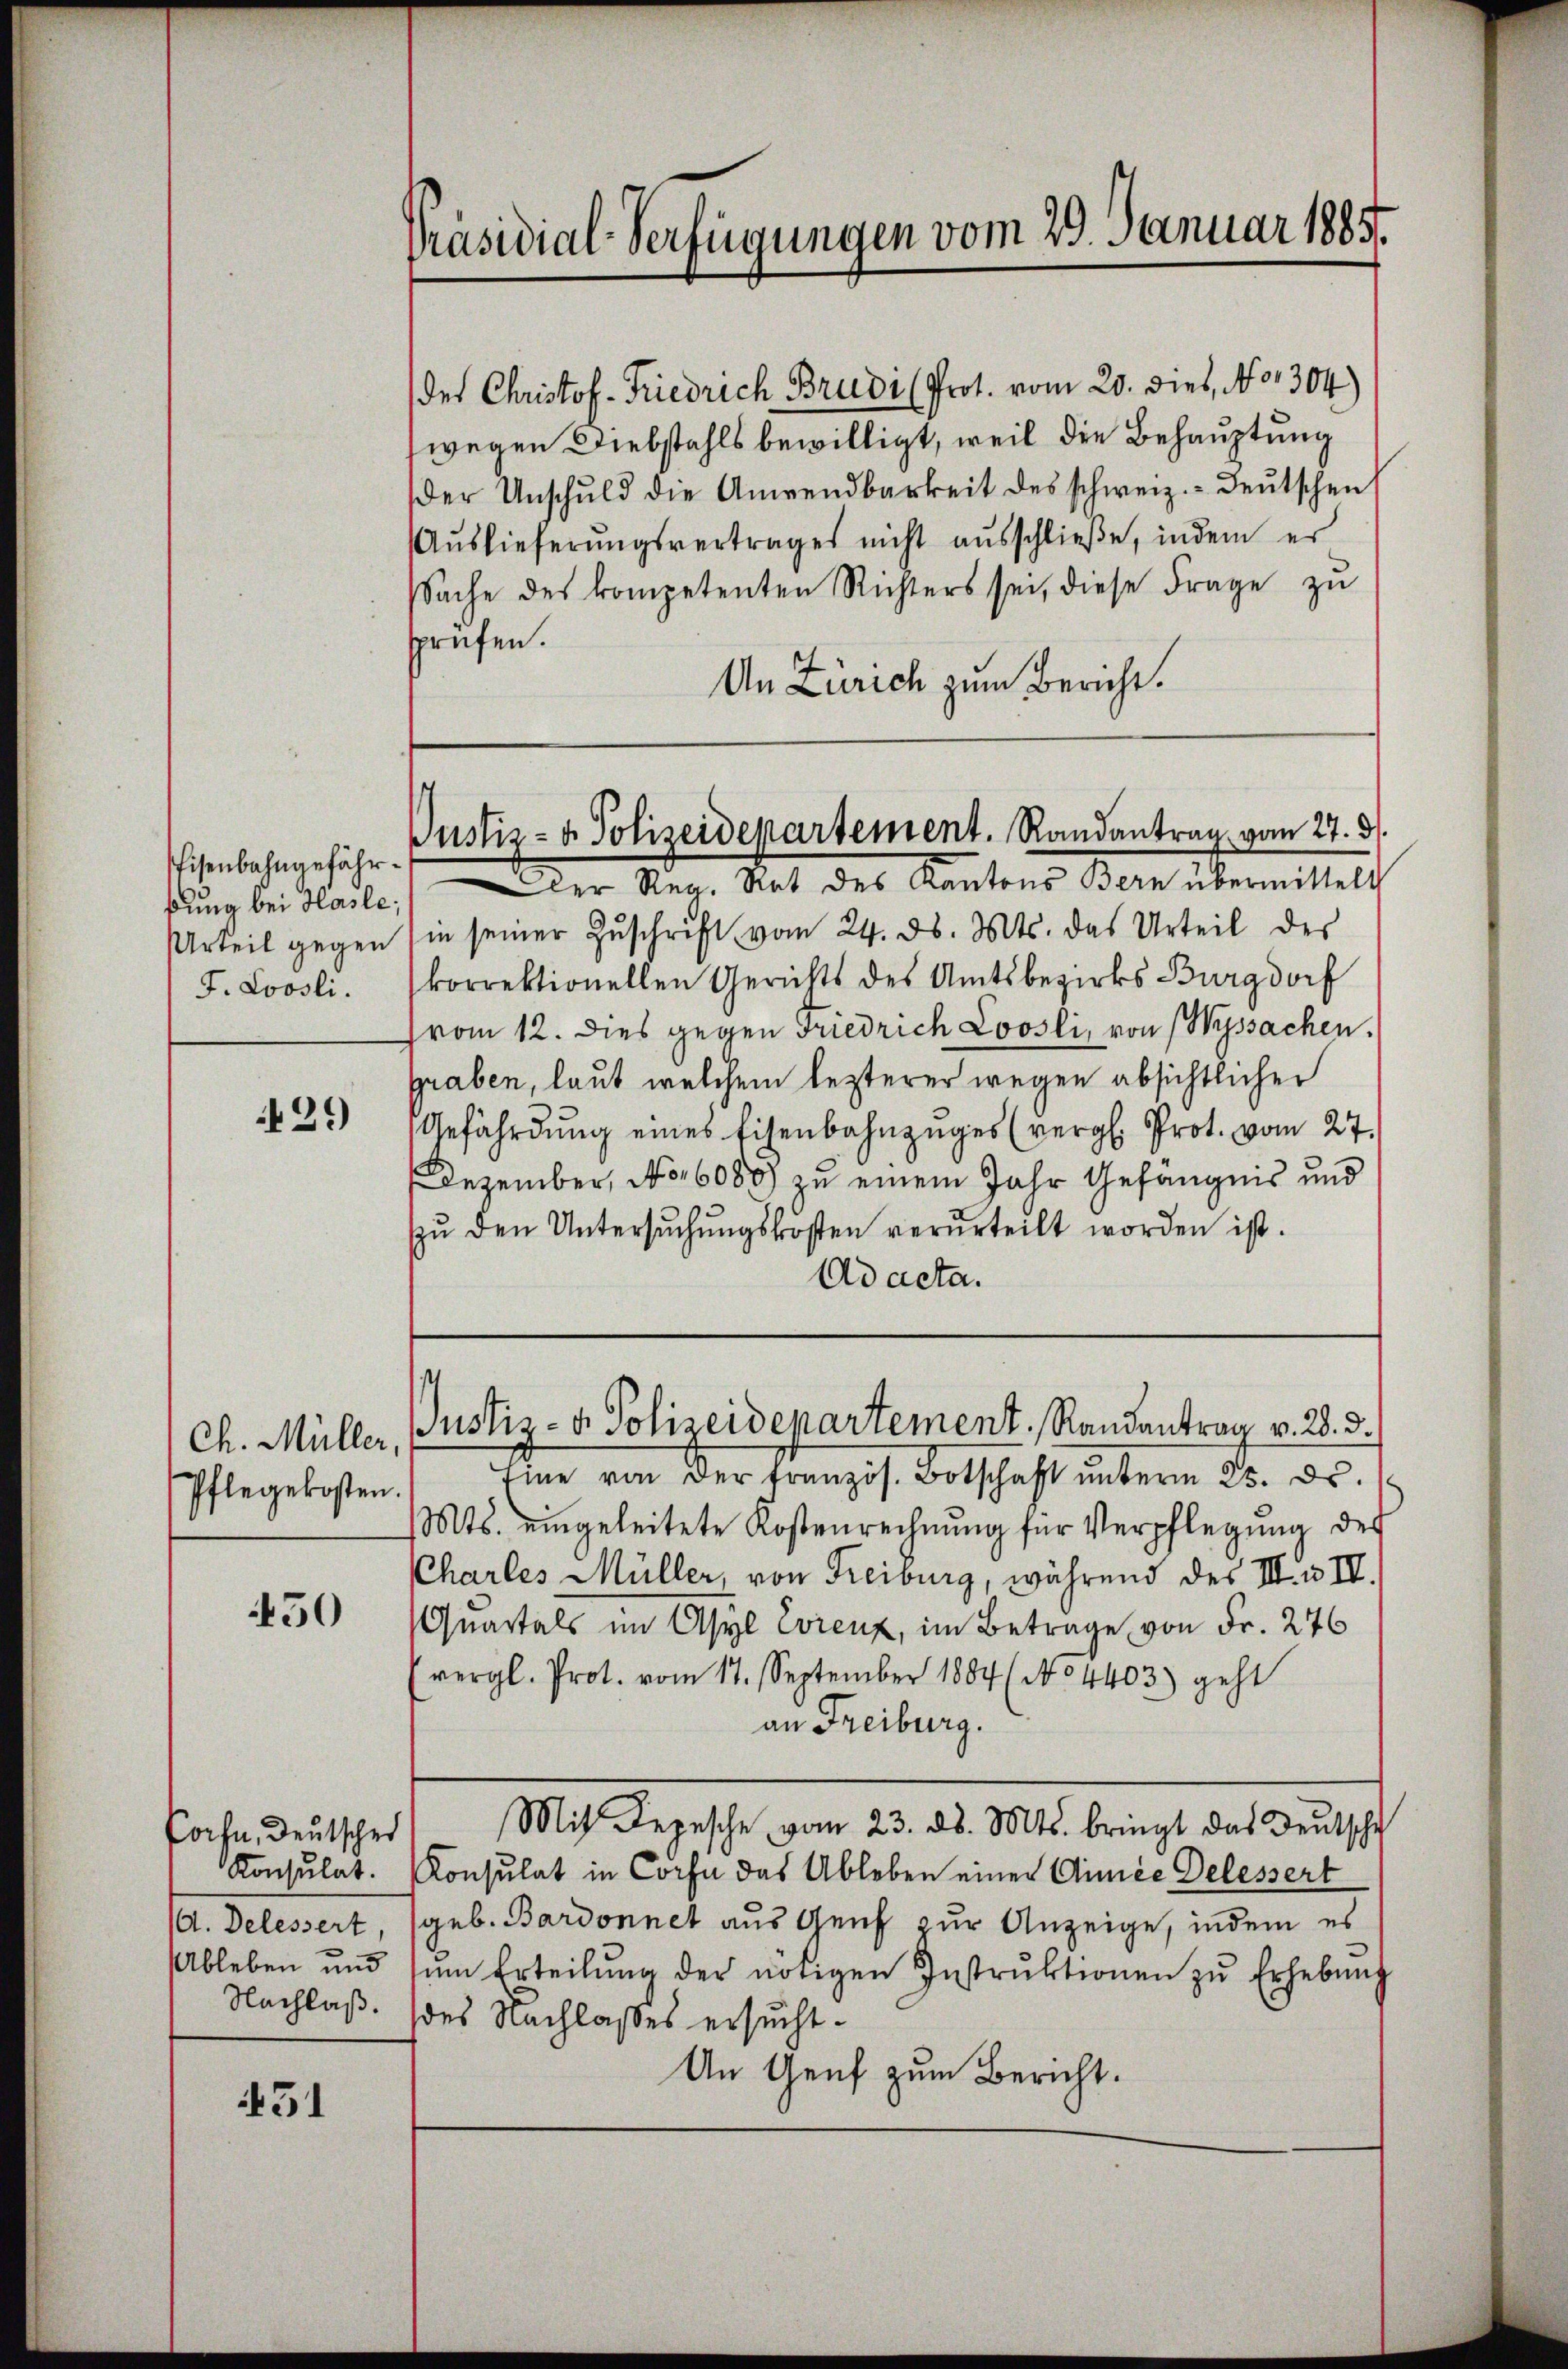
Eisenbahngefähr¬
Urteil gegen
F. Loosli.

429)

Ch. Müller
Pflegekosten.

450

Cochn, deutsches
Konsulat.
A. Delessert,
Ableben und
Nachlaß.

51

des Christof-Friedrich Brudi (Prot. vom 20. dies, No 1304)
wegen Diebstahls bewilligt, weil die Behauptung
der Unschuld die Anwendbarkeit des schweiz.- Deutschen
Auslieferungsvertrages nicht ausschließe, indem er
sSache des kompetenten Richters sei, diese Frage zu
sprüfen.
An Zürich zum Bericht.

Präsidial-Verfügungen vom 29. Januar 1885.

Justiz- & Polizeidepartement. Randantrag vom 27. d.

bung bei Hasle, der Reg. Rat des Kantons Bern übermittelt
in seiner Zŭschrift vom 24. ds. Mts. das Urteil des
korrektionellen Gerichts des Amtsbezirks Burgdorf
(vom 12. Dies gegen Friedrich Loosli, von Wyssachen.
graben, laut welchem lezterer wegen absichtlicher
Gefährdung eines Eisenbahnzuges (vergl. Prot. vom 27.
Dezember, No 6000 zu einem Jahr Gefängnis und
zŭ den Untersŭchŭngskosten verurteilt worden ist.
Ad acta.

Eine von der französ. Botschaft ŭnterm 25. d.
Mts. eingeleitete Kostenrechnŭng für Verpflegŭng des
Charles Müller, von Freiburg, während des III. u. IV.
Quartals im Asyl Lorenz, im Betrage von Fr. 276
vergl. Prot. vom 17. September 1884 (No 4403) geht
an Freiburg.
Mit Depesche vom 23. ds. Mts. bringt das Deutsche
Konsulat in Corse das Ableben einer Ginice Delessert
geb. Bardonnet aus Genf zur Anzeige, indem es
um Erteilŭng der nötigen Instrŭktionen zŭ Erhebung
des Nachlaßes ersucht.
An Genf zum Bericht.

Justiz- & Polizeidenartement, Randantrag v. 2. d.